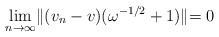
LaTeX: \begin{align*}\lim_{n\rightarrow \infty }\lVert (v_n-v)(\omega^{-1/2}+1)\lVert=0\end{align*}